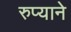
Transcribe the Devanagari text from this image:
रुप्याने